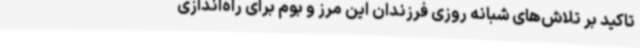
تاکید بر تلاش‌های شبانه روزی فرزندان این مرز و بوم برای راه‌اندازی